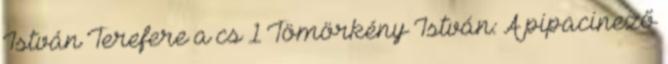
István Terefere a cs 1 Tömörkény István: A pipacinező